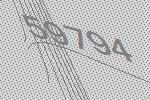
59794